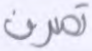
تصرف